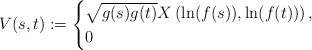
LaTeX: \begin{align*} V(s,t) :=\begin{cases} \sqrt{g(s)g(t)} X\left(\ln(f(s)), \ln(f(t)) \right), & \\ 0 & \end{cases} \end{align*}